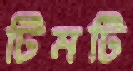
টিমটি